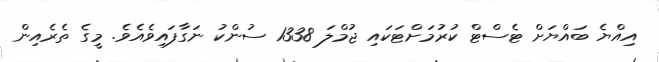
އިއްޔެ ބައްޔަށް ޓެސްޓް ކުރުމަށްޓަކައި ޖުމްލަ 1338 ސުންކު ނަގާފައިވެއެވެ. މީގެ ތެރެއިން